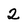
Character: 2